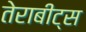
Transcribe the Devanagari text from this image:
तेराबीट्स